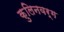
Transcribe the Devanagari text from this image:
कुलिनवर्ग